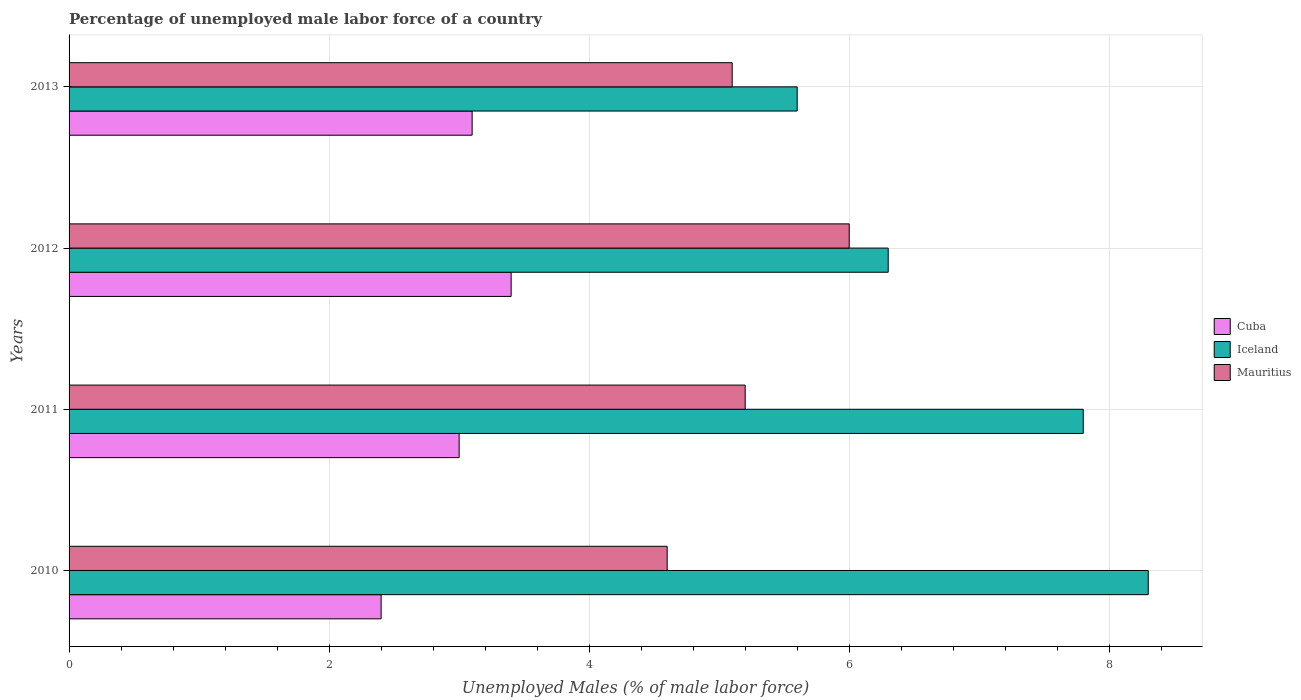
| Years | Cuba | Iceland | Mauritius |
 | --- | --- | --- | --- |
 | 2010 | 2.4 | 8.3 | 4.6 |
 | 2011 | 3 | 7.8 | 5.2 |
 | 2012 | 3.4 | 6.3 | 6 |
 | 2013 | 3.1 | 5.6 | 5.1 |